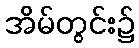
အိမ်တွင်း၌